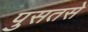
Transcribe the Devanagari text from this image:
पुसतसे